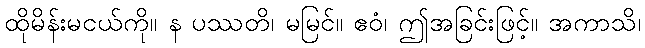
ထိုမိန်းမငယ်ကို။ န ပဿတိ၊ မမြင်။ ဧဝံ၊ ဤအခြင်းဖြင့်။ အကာသိ၊